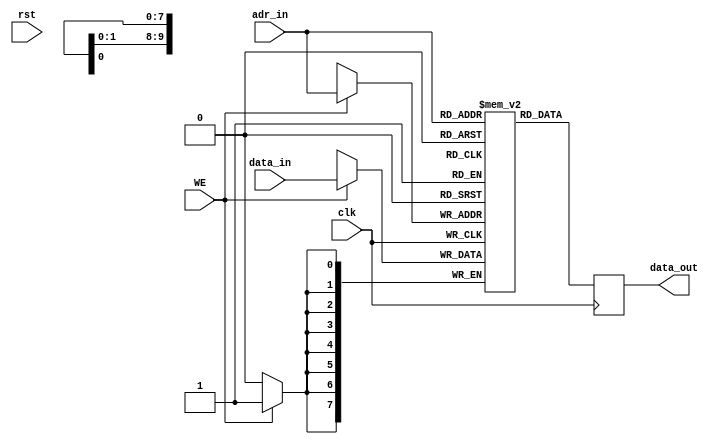
module bram #(parameter WIDTH = 8, parameter ADR_WIDTH=10)
(
	input [ADR_WIDTH-1:0]adr_in,
	input [WIDTH-1:0] data_in,
	input WE,
	input clk,
	input rst,
	output reg [WIDTH-1:0] data_out
);

reg[WIDTH-1:0]ram[2**ADR_WIDTH-1:0];
always @(posedge clk)
begin
	if(WE)
		ram[adr_in]<=data_in;
	data_out<=ram[adr_in];
end
endmodule